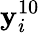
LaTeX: \mathbf{y}_{i}^{10}